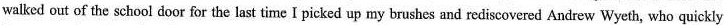
walked out of the school door for the last time I picked up my brushes and rediscovered Andrew Wyeth, who quickly